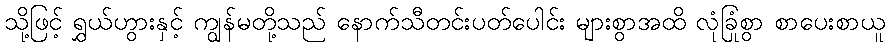
သို့ဖြင့် ရွှယ်ဟွားနှင့် ကျွန်မတို့သည် နောက်သီတင်းပတ်ပေါင်း များစွာအထိ လုံခြုံစွာ စာပေးစာယူ